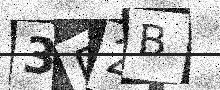
Text: 3D2B